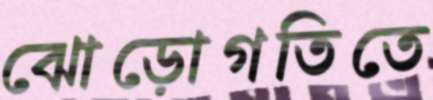
ঝোড়োগতিতে